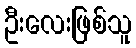
ဦးလေးဖြစ်သူ